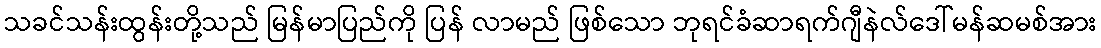
သခင်သန်းထွန်းတို့သည် မြန်မာပြည်ကို ပြန် လာမည် ဖြစ်သော ဘုရင်ခံဆာရက်ဂျီနဲလ်ဒေါ်မန်ဆမစ်အား